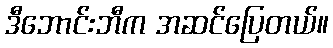
ဒီဘောင်းဘီက အဆင်ပြေတယ်။